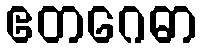
ဧတဂေဓာ